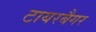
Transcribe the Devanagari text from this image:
टायरबैगर